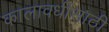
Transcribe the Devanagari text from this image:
कालावधींसाठी